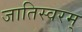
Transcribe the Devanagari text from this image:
जातिस्वरम्